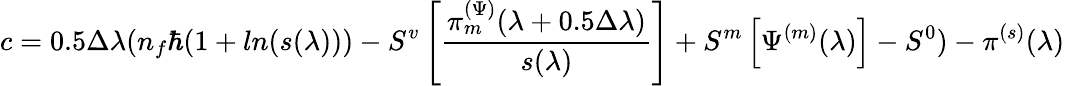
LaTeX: c=0.5\Delta\lambda(n_{f}\hbar(1+ln(s(\lambda)))-S^{v}\left[\frac{\pi_{m}^{(\Psi)}(\lambda+0.5\Delta\lambda)}{s(\lambda)}\right]+S^{m}\left[\Psi^{(m)}(\lambda)\right]-S^{0})-\pi^{(s)}(\lambda)